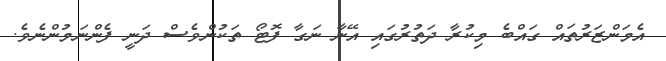
އެމަންޒަރުތައް ގައްބެ މިކުރާ ދަތުރުގައި އޭނާ ނަގާ ފޮޓޯ ތަކުންވެސް ދަނީ ފެންނަމުންނެވެ.